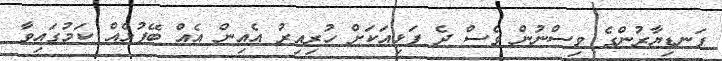
ފަނޑިޔާރުންގެ ވިސްނުން ވެސް ދެ ފަޅިއަކަށް ހުރިއިރު އެއިން އެއް ބޭފުޅެއް ކަމުގައިވާ